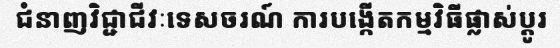
ជំនាញវិជ្ជាជីវៈទេសចរណ៍ ការបង្កើតកម្មវិធីផ្លាស់ប្តូរ